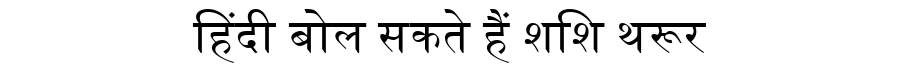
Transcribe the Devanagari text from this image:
हिंदी बोल सकते हैं शशि थरूर